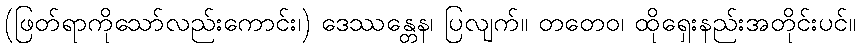
(ဖြတ်ရာကိုသော်လည်းကောင်း၊) ဒေဿန္တေန၊ ပြလျက်။ တတေဝ၊ ထိုရှေးနည်းအတိုင်းပင်။